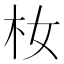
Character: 𪱴